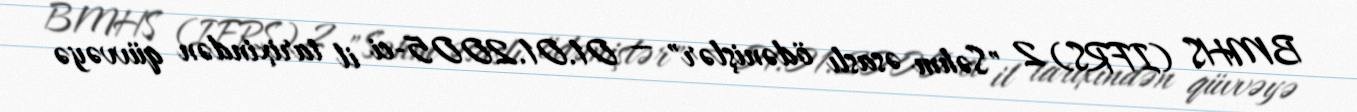
BMHS (IFRS) 2 "Səhm əsaslı ödənişlər" — 01.01.2005-ci il tarixindən qüvvəyə